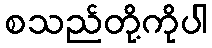
စသည်တို့ကိုပါ